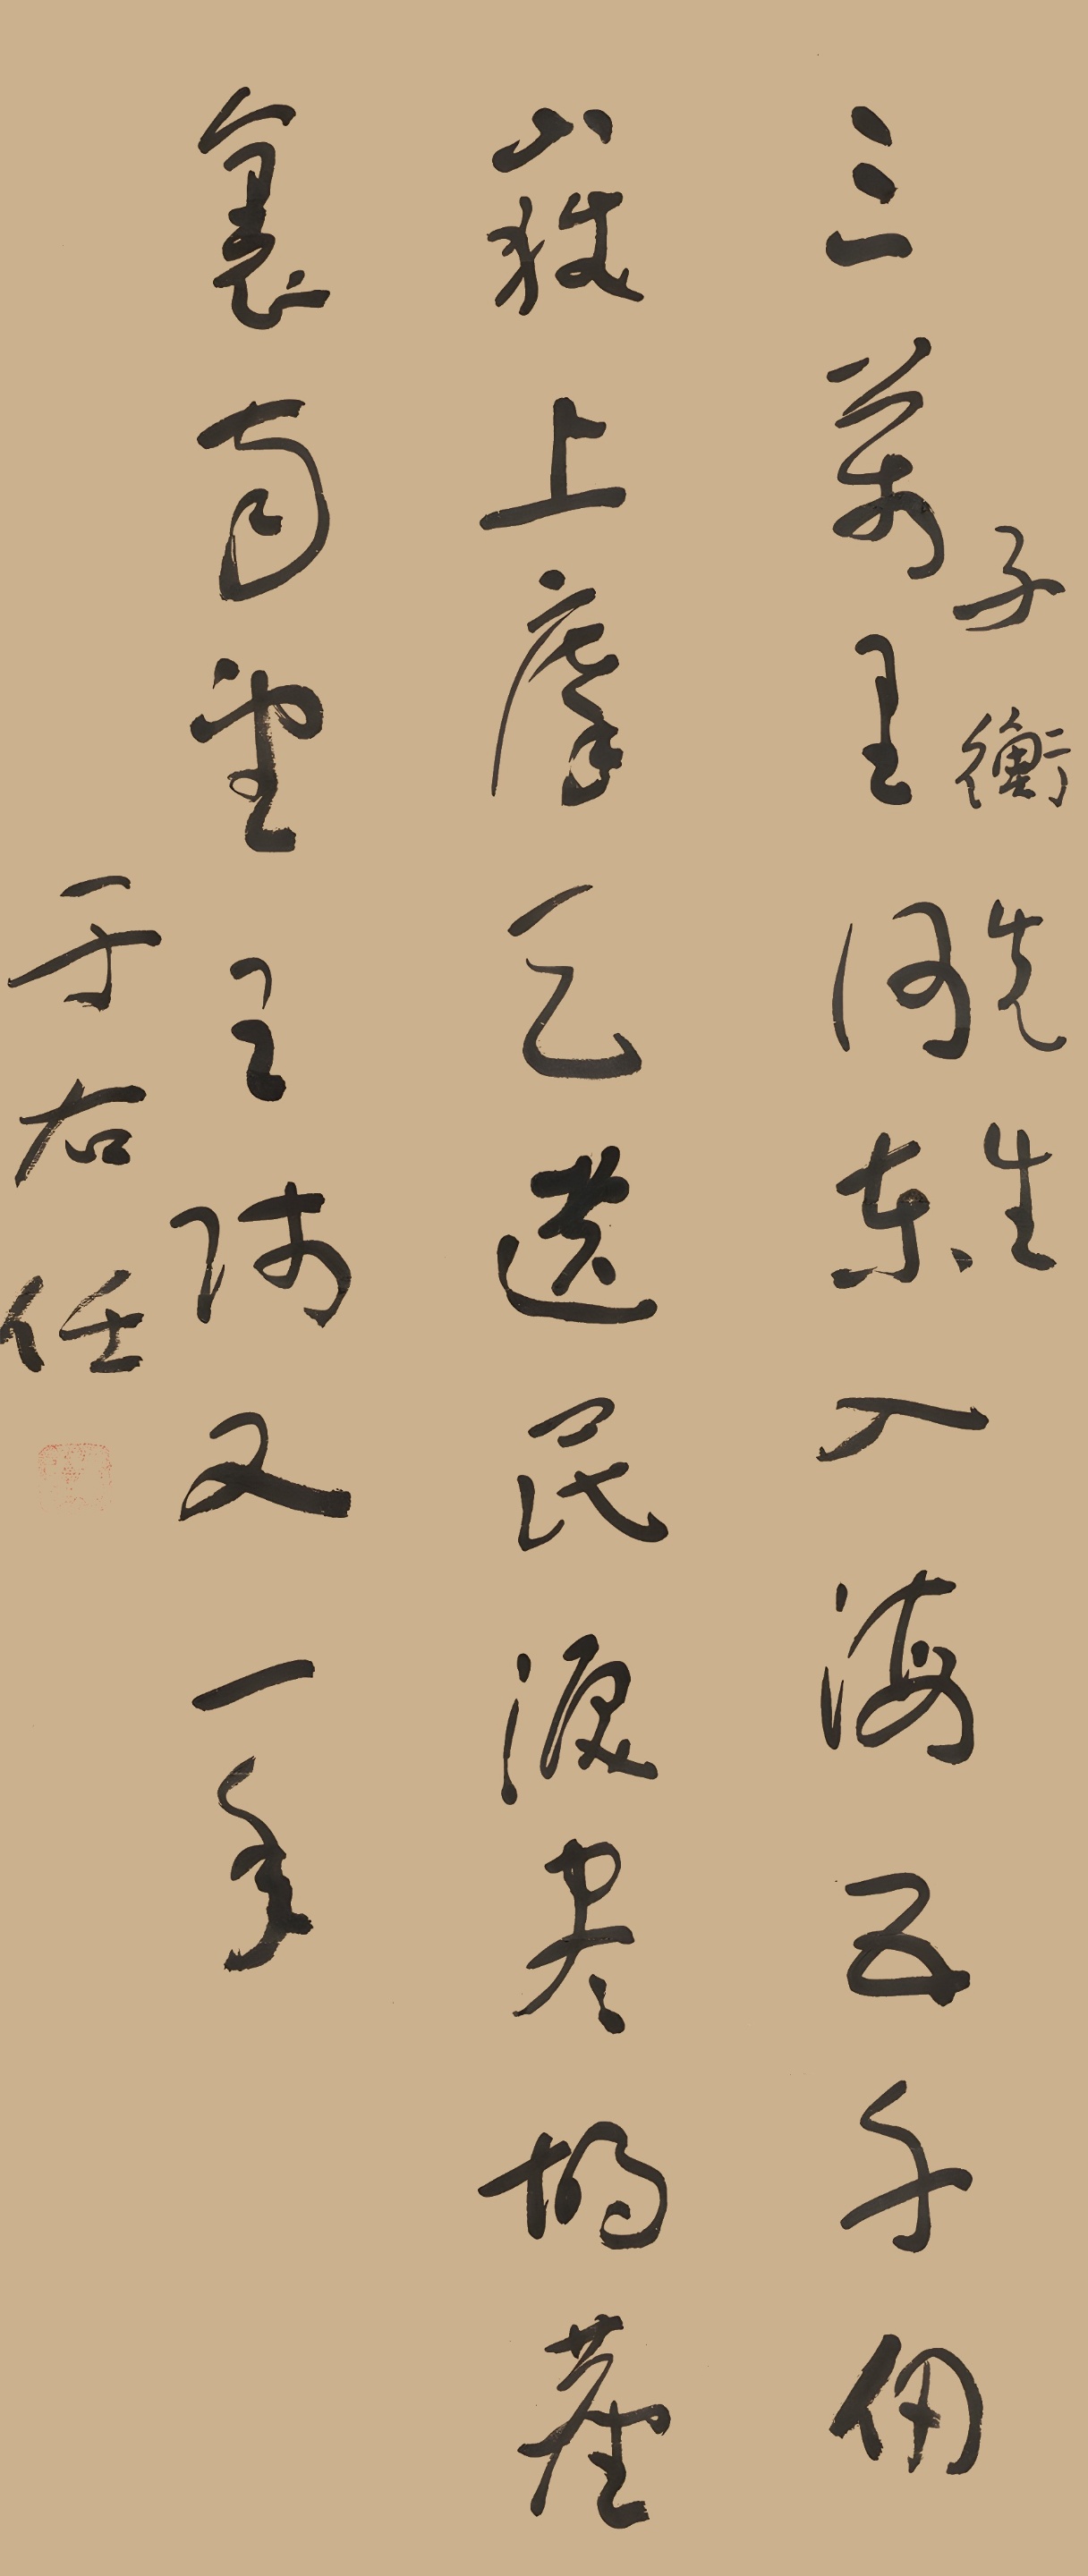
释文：三万里河东入海，五千仞岳上摩天。遗民泪尽胡尘里，南望王师又一年。子衡先生。于右任。